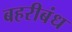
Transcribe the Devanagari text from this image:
बहरीबंध